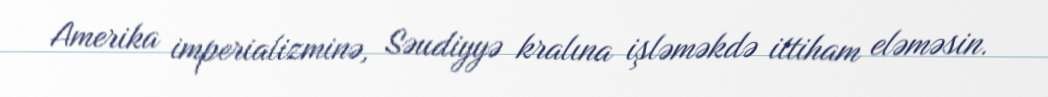
Amerika imperializminə, Səudiyyə kralına işləməkdə ittiham eləməsin.